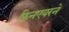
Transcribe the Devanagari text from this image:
फिनएयरने